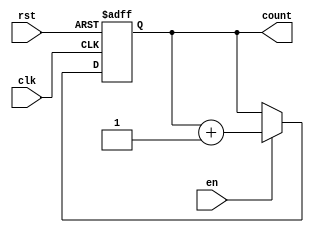
module BinaryCounter (
    input wire clk,           // Clock signal
    input wire rst,           // Asynchronous reset signal
    input wire en,            // Enable signal
    output reg [3:0] count    // 4-bit count output
);

// Counter logic
always @(posedge clk or posedge rst) begin
    if (rst) begin
        count <= 4'b0000;    // Reset counter to 0
    end else if (en) begin
        count <= count + 1;  // Increment counter
    end
end

endmodule